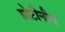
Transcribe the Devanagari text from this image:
प्रोटीनीय